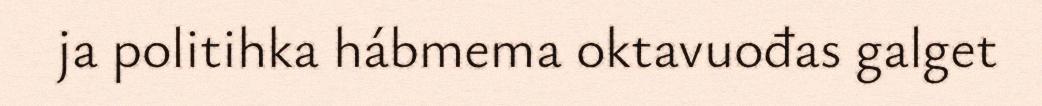
ja politihka hábmema oktavuođas galget